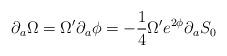
LaTeX: \begin{align*}\partial_{a}\Omega=\Omega'\partial_{a}\phi=-{1\over4}\Omega' e^{2\phi}\partial_{a} S_0\end{align*}